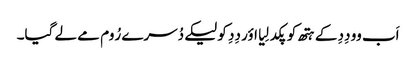
اَب وو دِدِ کے ہتھ کو پکد لِیا اؤر دِدِ کو لیکے دُسرے رُوم مے لے گیا۔